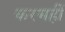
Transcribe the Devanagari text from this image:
करमहीं